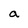
Character: a